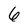
Character: 6